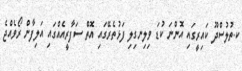
ކ.ތުލުސްދޫ ކައިރީގައި އޮންނަ ކުޑަ ވިލިނގިލި ފަޅުތެރޭގައި އޮތް ސަފާރީއެއްގައި އަލިފާން ރޯވެއްޖެ